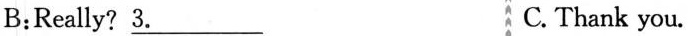
B:Really?\underline{3.} C. Thank you.